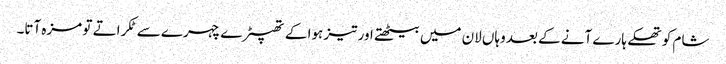
شام کو تھکے ہارے آنے کے بعد وہاں لان میں بیٹھتے اور تیز ہوا کے تھپیڑے چہرے سے ٹکراتے تو مزہ آتا۔